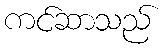
ကင်ဆာသည်